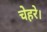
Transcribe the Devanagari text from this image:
चेहरे।